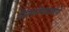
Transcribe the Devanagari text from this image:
नित्यनेमाप्रमाणे